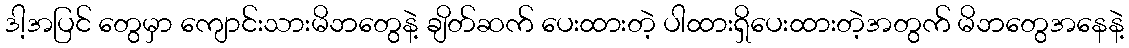
ဒါ့အပြင် တွေမှာ ကျောင်းသားမိဘတွေနဲ့ ချိတ်ဆက် ပေးထားတဲ့ ပါထားရှိပေးထားတဲ့အတွက် မိဘတွေအနေနဲ့